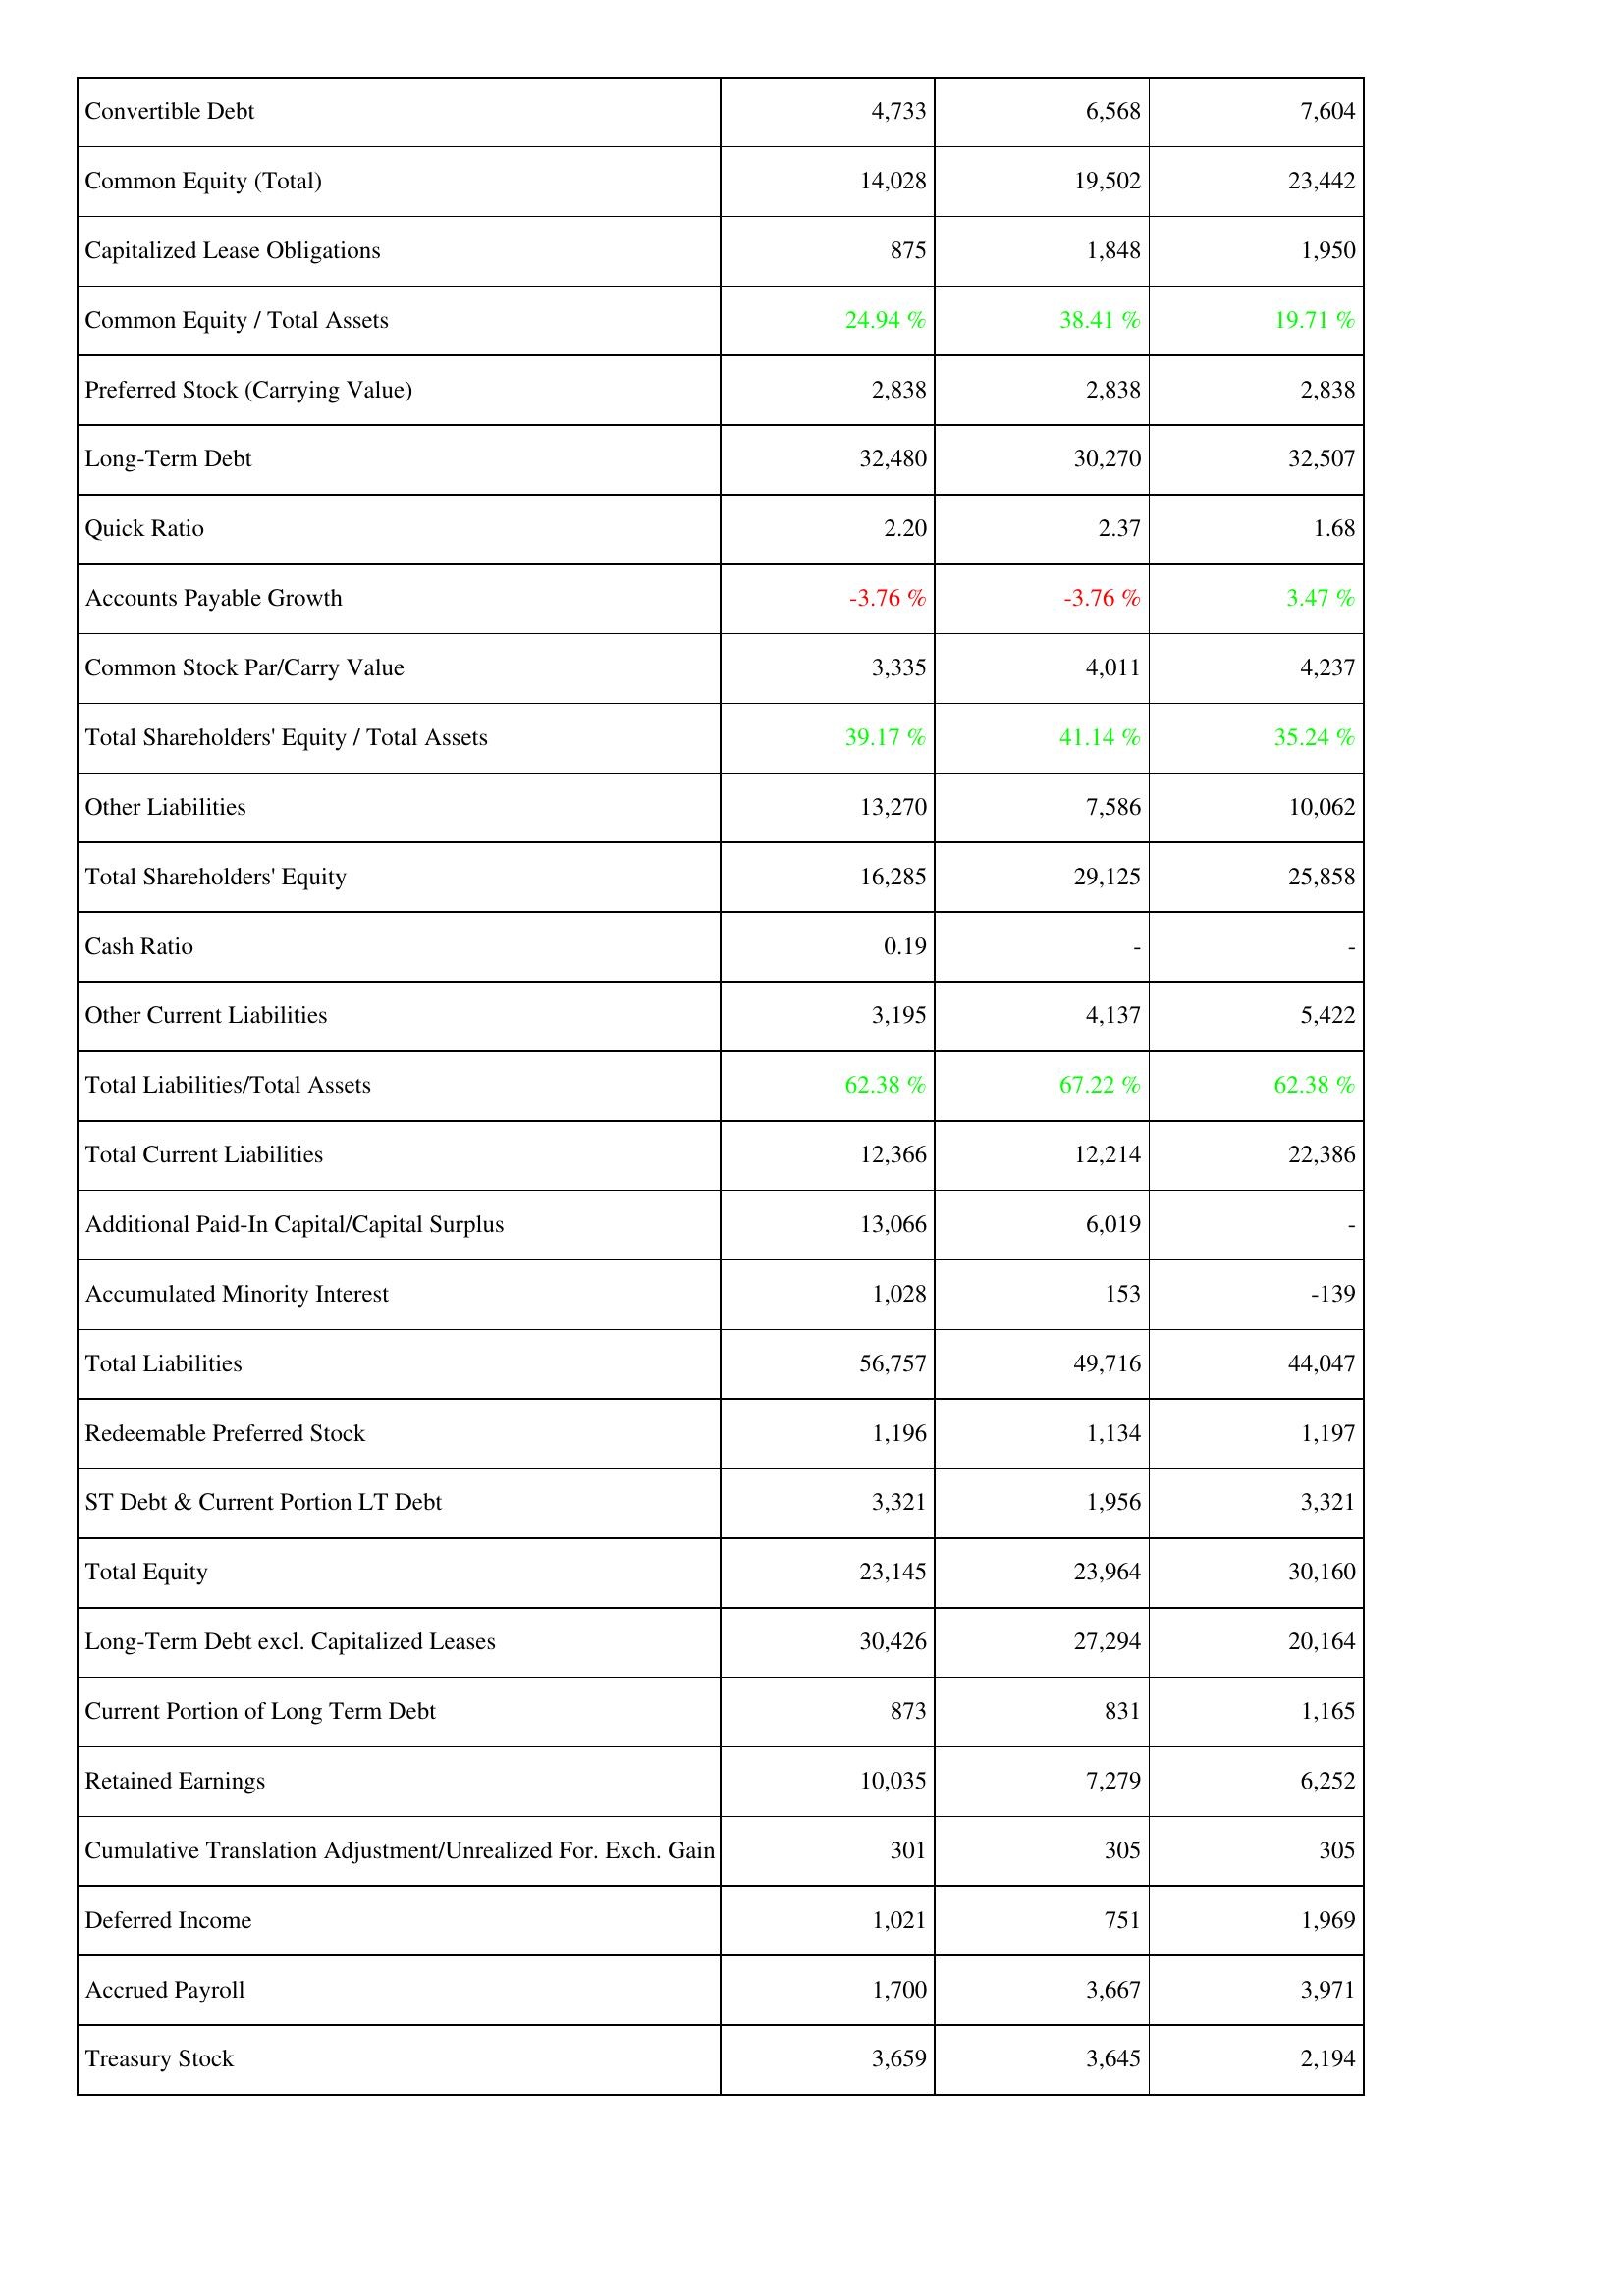
2014: Liabilities & Shareholders' Equity: Convertible Debt: 4,733
Common Equity (Total): 14,028
Capitalized Lease Obligations: 875
Common Equity / Total Assets: 24.94 %
Preferred Stock (Carrying Value): 2,838
Long-Term Debt: 32,480
Quick Ratio: 2.20
Accounts Payable Growth: -3.76 %
Common Stock Par/Carry Value: 3,335
Total Shareholders' Equity / Total Assets: 39.17 %
Other Liabilities: 13,270
Total Shareholders' Equity: 16,285
Cash Ratio: 0.19
Other Current Liabilities: 3,195
Total Liabilities/Total Assets: 62.38 %
Total Current Liabilities: 12,366
Additional Paid-In Capital/Capital Surplus: 13,066
Accumulated Minority Interest: 1,028
Total Liabilities: 56,757
Redeemable Preferred Stock: 1,196
ST Debt & Current Portion LT Debt: 3,321
Total Equity: 23,145
Long-Term Debt excl. Capitalized Leases: 30,426
Current Portion of Long Term Debt: 873
Retained Earnings: 10,035
Cumulative Translation Adjustment/Unrealized For. Exch. Gain: 301
Deferred Income: 1,021
Accrued Payroll: 1,700
Treasury Stock: 3,659
2013: Liabilities & Shareholders' Equity: Convertible Debt: 6,568
Common Equity (Total): 19,502
Capitalized Lease Obligations: 1,848
Common Equity / Total Assets: 38.41 %
Preferred Stock (Carrying Value): 2,838
Long-Term Debt: 30,270
Quick Ratio: 2.37
Accounts Payable Growth: -3.76 %
Common Stock Par/Carry Value: 4,011
Total Shareholders' Equity / Total Assets: 41.14 %
Other Liabilities: 7,586
Total Shareholders' Equity: 29,125
Cash Ratio: -
Other Current Liabilities: 4,137
Total Liabilities/Total Assets: 67.22 %
Total Current Liabilities: 12,214
Additional Paid-In Capital/Capital Surplus: 6,019
Accumulated Minority Interest: 153
Total Liabilities: 49,716
Redeemable Preferred Stock: 1,134
ST Debt & Current Portion LT Debt: 1,956
Total Equity: 23,964
Long-Term Debt excl. Capitalized Leases: 27,294
Current Portion of Long Term Debt: 831
Retained Earnings: 7,279
Cumulative Translation Adjustment/Unrealized For. Exch. Gain: 305
Deferred Income: 751
Accrued Payroll: 3,667
Treasury Stock: 3,645
2012: Liabilities & Shareholders' Equity: Convertible Debt: 7,604
Common Equity (Total): 23,442
Capitalized Lease Obligations: 1,950
Common Equity / Total Assets: 19.71 %
Preferred Stock (Carrying Value): 2,838
Long-Term Debt: 32,507
Quick Ratio: 1.68
Accounts Payable Growth: 3.47 %
Common Stock Par/Carry Value: 4,237
Total Shareholders' Equity / Total Assets: 35.24 %
Other Liabilities: 10,062
Total Shareholders' Equity: 25,858
Cash Ratio: -
Other Current Liabilities: 5,422
Total Liabilities/Total Assets: 62.38 %
Total Current Liabilities: 22,386
Additional Paid-In Capital/Capital Surplus: -
Accumulated Minority Interest: -139
Total Liabilities: 44,047
Redeemable Preferred Stock: 1,197
ST Debt & Current Portion LT Debt: 3,321
Total Equity: 30,160
Long-Term Debt excl. Capitalized Leases: 20,164
Current Portion of Long Term Debt: 1,165
Retained Earnings: 6,252
Cumulative Translation Adjustment/Unrealized For. Exch. Gain: 305
Deferred Income: 1,969
Accrued Payroll: 3,971
Treasury Stock: 2,194